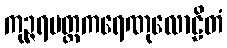
ကုဉ္ဇရမတ္တကရေဏုလောဠိတံ